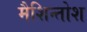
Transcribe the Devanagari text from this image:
मैशिन्तोश